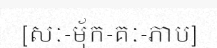
[សៈ-ម៉័ក-គៈ-ភាប]